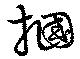
掴